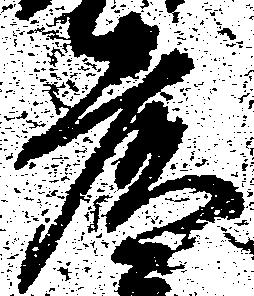
彦